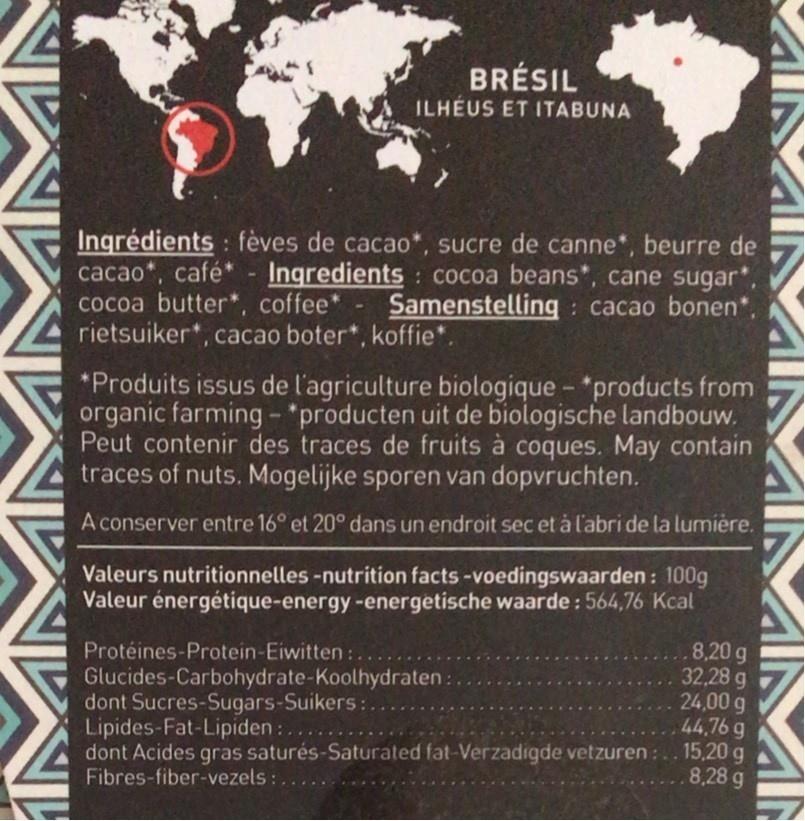
BRÉSIL
ILHÉUS ET ITABUNA
Ingrédients : fèves de cacao*, sucre de canne*, beurre de cacao*, café* - *, cocoa butter*, coffee* rietsuiker*, cacao boter*, koffie*.
Ingredients cocoa beans*, cane sugar' Samenstellingq : cacao bonen*,
*Produits issus de l'agriculture biologique - *products from organic farming- *producten uit de biologische landbouw. Peut contenir des traces de fruits à coques. May contain traces of nuts. Mogelijke sporen van dopvruchten.
A conserver entre 16° et 20° dans un endroit sec et à l'abri de la lumière.
Valeurs nutritionnelles -nutrition facts -voedingswaarden: 100g Valeur énergétique-energy-energetische waarde : 564,76 Kcal
Protéines-Protein-Eiwitten :.... Glucides-Carbohydrate-Koolhydraten:. dont Sucres-Sugars-Suikers: Lipides-Fat-Lipiden :... dont Acides gras saturés-Saturated fat-Verzadigde vetzuren : .. 15,20 g Fibres-fiber-vezels :.....
8,20 g 32,28 g 24,00 g 44,76 g
8.28 g